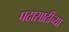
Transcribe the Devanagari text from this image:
पदासाठीच्या